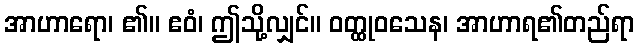
အာဟာရော၊ ၏။ ဧဝံ၊ ဤသို့လျှင်။ ဝတ္ထုဝသေန၊ အာဟာရ၏တည်ရာ